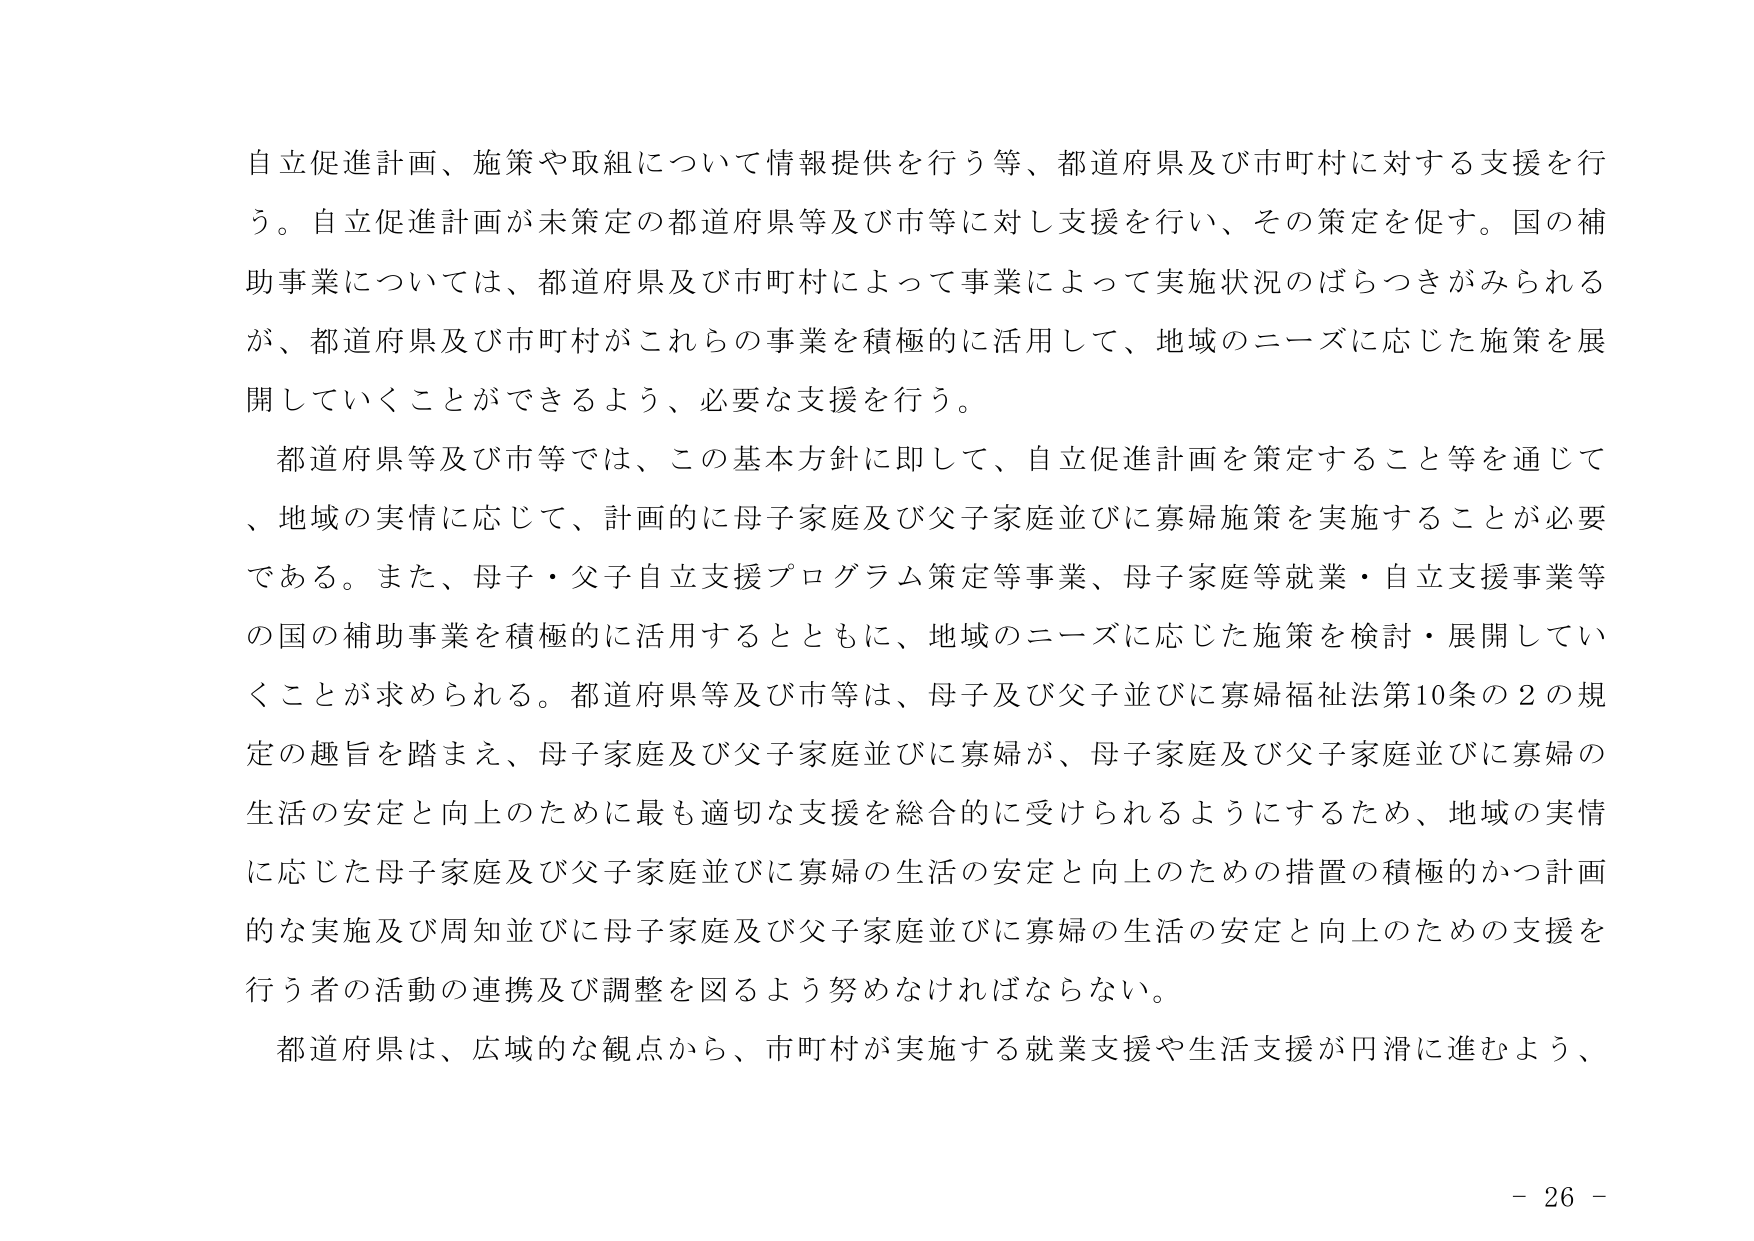
自立促進計画、施策や取組について情報提供を行う等、都道府県及び市町村に対する支援を行う。自立促進計画が未策定の都道府県等及び市等に対し支援を行い、その策定を促す。国の補助事業については、都道府県及び市町村によって事業によって実施状況のばらつきがみられるが、都道府県及び市町村がこれらの事業を積極的に活用して、地域のニーズに応じた施策を展開していくことができるよう、必要な支援を行う。

都道府県等及び市等では、この基本方針に即して、自立促進計画を策定すること等を通じて、地域の実情に応じて、計画的に母子家庭及び父子家庭並びに寡婦施策を実施することが必要である。また、母子・父子自立支援プログラム策定等事業、母子家庭等就業・自立支援事業等の国の補助事業を積極的に活用するとともに、地域のニーズに応じた施策を検討・展開していくことが求められる。都道府県等及び市等は、母子及び父子並びに寡婦福祉法第10条の2の規定の趣旨を踏まえ、母子家庭及び父子家庭並びに寡婦が、母子家庭及び父子家庭並びに寡婦の生活の安定と向上のために最も適切な支援を総合的に受けられるようにするため、地域の実情に応じた母子家庭及び父子家庭並びに寡婦の生活の安定と向上のための措置の積極的かつ計画的な実施及び周知並びに母子家庭及び父子家庭並びに寡婦の生活の安定と向上のための支援を行う者の活動の連携及び調整を図るよう努めなければならない。

都道府県は、広域的な観点から、市町村が実施する就業支援や生活支援が円滑に進むよう、

- 26 -